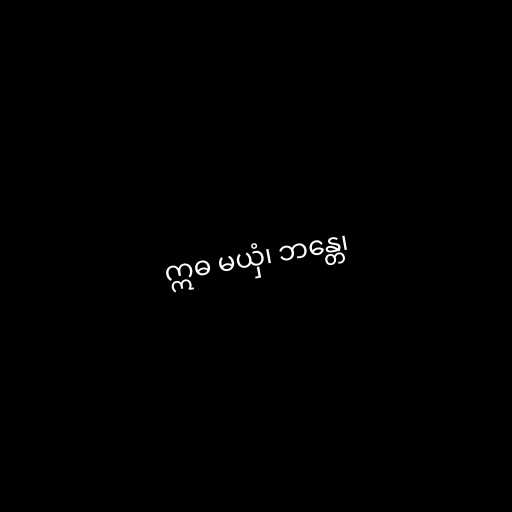
ဣဓ မယှံ၊ ဘန္တေ၊